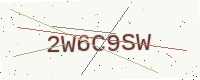
Text: 2W6C9SW